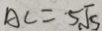
A C = 5 \sqrt { 5 }